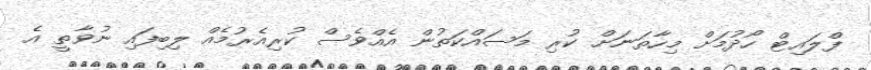
ފްލައިޓް ހޯދުމަށް މިހާތަނަށް ކުރި މަސައްކަތުން އެއްވެސް ކުރިއެރުމެއް ލިިބިފައި ނުވާތީ އެ